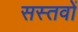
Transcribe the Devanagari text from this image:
सस्तवों